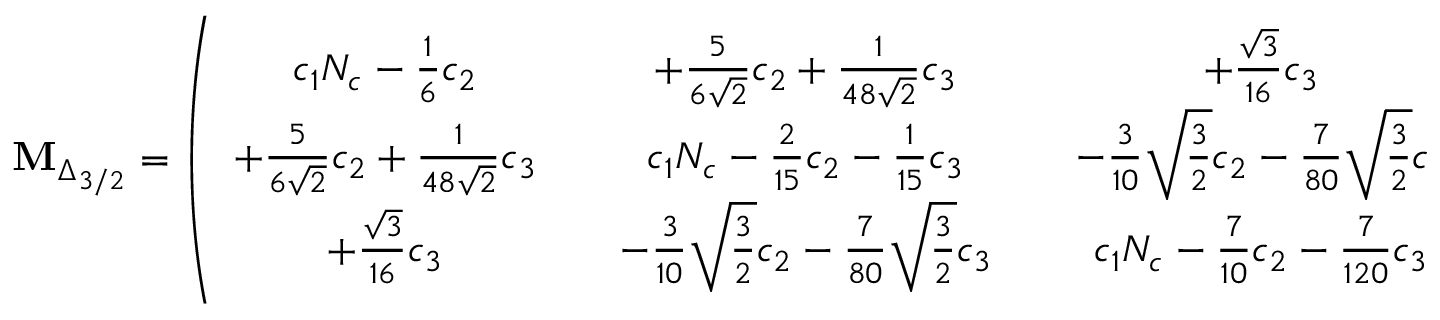
{ \bf M } _ { \Delta _ { 3 / 2 } } = \left( \begin{array} { c c c c c } { { c _ { 1 } N _ { c } - \frac 1 6 c _ { 2 } } } & { { } } & { { + \frac { 5 } { 6 \sqrt { 2 } } c _ { 2 } + \frac { 1 } { 4 8 \sqrt { 2 } } c _ { 3 } } } & { { } } & { { + \frac { \sqrt { 3 } } { 1 6 } c _ { 3 } } } \\ { { + \frac { 5 } { 6 \sqrt { 2 } } c _ { 2 } + \frac { 1 } { 4 8 \sqrt { 2 } } c _ { 3 } } } & { { } } & { { c _ { 1 } N _ { c } - \frac { 2 } { 1 5 } c _ { 2 } - \frac { 1 } { 1 5 } c _ { 3 } } } & { { } } & { { - \frac { 3 } { 1 0 } \sqrt { \frac { 3 } { 2 } } c _ { 2 } - \frac { 7 } { 8 0 } \sqrt { \frac { 3 } { 2 } } c _ { 3 } } } \\ { { + \frac { \sqrt { 3 } } { 1 6 } c _ { 3 } } } & { { } } & { { - \frac { 3 } { 1 0 } \sqrt { \frac { 3 } { 2 } } c _ { 2 } - \frac { 7 } { 8 0 } \sqrt { \frac { 3 } { 2 } } c _ { 3 } } } & { { } } & { { c _ { 1 } N _ { c } - \frac { 7 } { 1 0 } c _ { 2 } - \frac { 7 } { 1 2 0 } c _ { 3 } } } \end{array} \right) ,